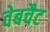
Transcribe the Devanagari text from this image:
वेबचैट